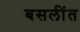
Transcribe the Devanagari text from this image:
बसलींत